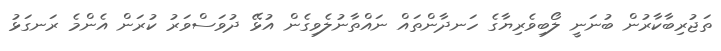
ތަޖުރިބާކާރުން ބުނަނީ ލޯބިވެރިޔާގެ ހަނދާންތައް ނައްތާނުލެވިގެން އުޅޭ ދުވަސްވަރު ކުރަން އެންމެ ރަނގަޅު